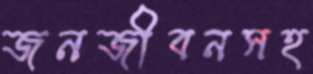
জনজীবনসহ